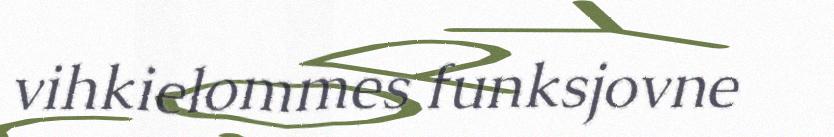
vihkielommes funksjovne